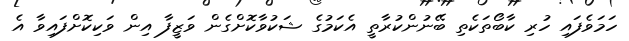
ހަމަވެފައި ހުރި ކާބޯތަކެތި ބޭނުންކުރާތީ އެކަމުގެ ޝަކުވާކޮށްގެން ވަޒީފާ އިން ވަކިކޮށްފައިވާ އެ